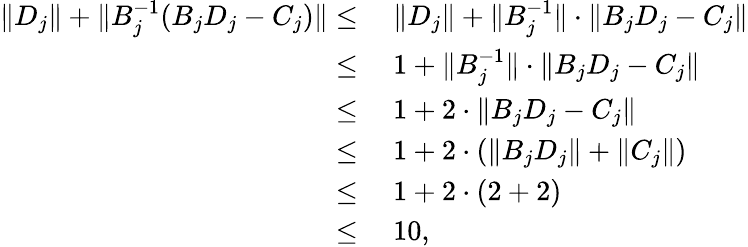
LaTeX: \begin{array}{rl}{\| D_{j}\| +\| B_{j}^{-1}(B_{j}D_{j}-C_{j})\| \leq}&{~\| D_{j}\| +\| B_{j}^{-1}\| \cdot\| B_{j}D_{j}-C_{j}\| }\\ {\leq}&{~1+\| B_{j}^{-1}\| \cdot\| B_{j}D_{j}-C_{j}\| }\\ {\leq}&{~1+2\cdot\| B_{j}D_{j}-C_{j}\| }\\ {\leq}&{~1+2\cdot(\| B_{j}D_{j}\| +\| C_{j}\| )}\\ {\leq}&{~1+2\cdot(2+2)}\\ {\leq}&{~10,}\end{array}